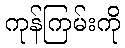
ကုန်ကြမ်းကို